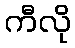
ကီလို